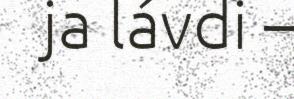
ja lávdi –